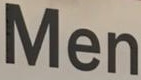
Men